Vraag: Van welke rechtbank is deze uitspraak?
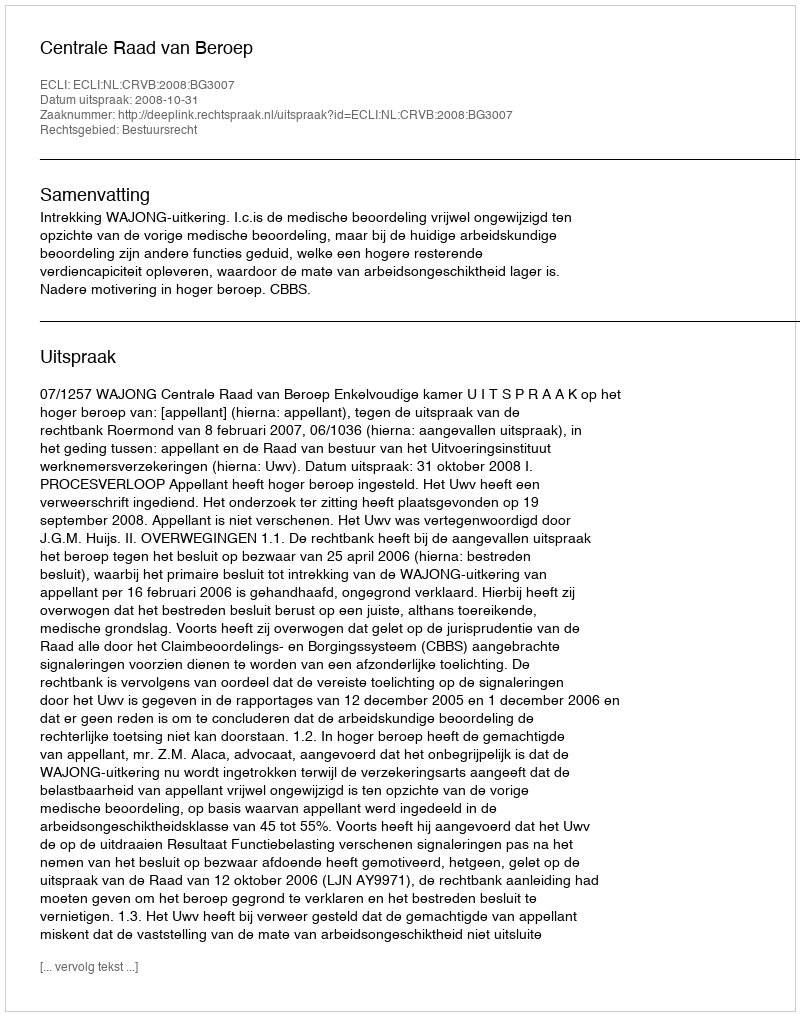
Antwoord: Centrale Raad van Beroep